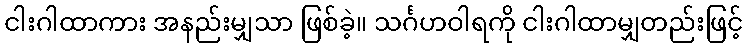
ငါးဂါထာကား အနည်းမျှသာ ဖြစ်ခဲ့။ သင်္ဂဟဝါရကို ငါးဂါထာမျှတည်းဖြင့်